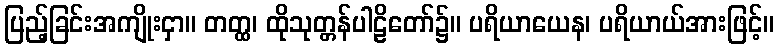
ပြည့်ခြင်းအကျိုးငှာ။ တတ္ထ၊ ထိုသုတ္တန်ပါဠိတော်၌။ ပရိယာယေန၊ ပရိယာယ်အားဖြင့်။